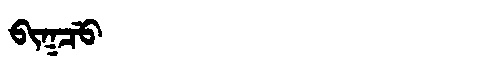
Manchu: ᠪᡳᡴᠴᡠ
Romanization: BIKCU